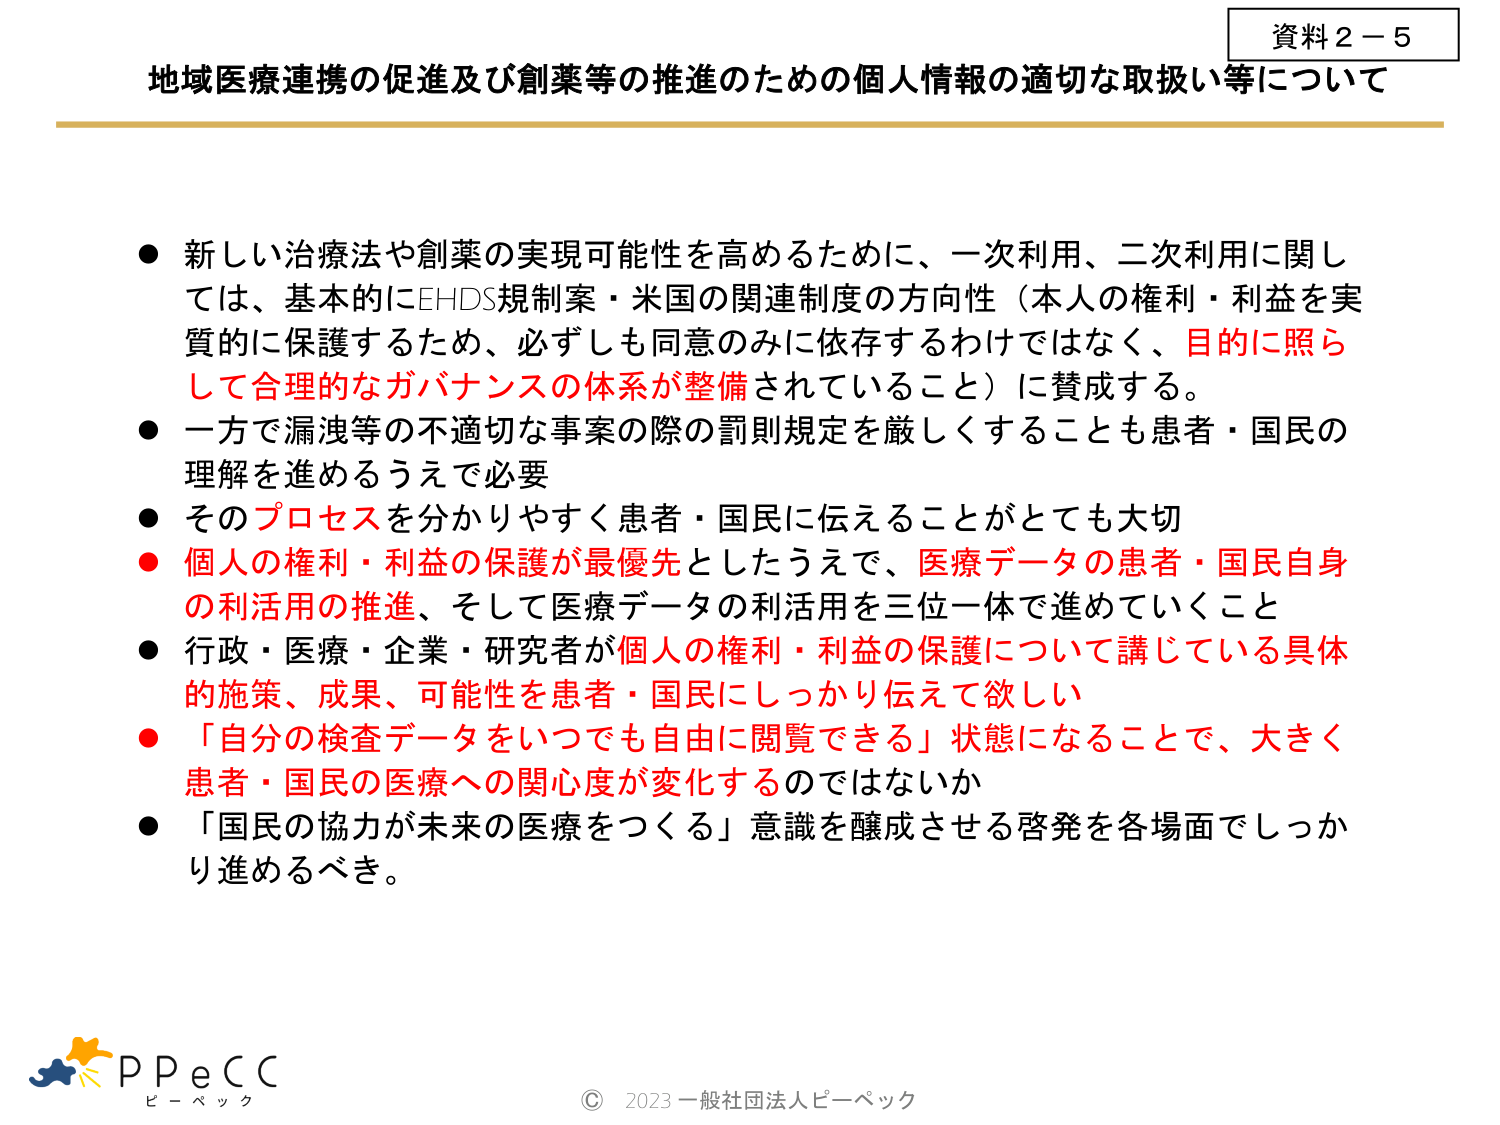
資料２－５
地域医療連携の促進及び創薬等の推進のための個人情報の適切な取扱い等について

● 新しい治療法や創薬の実現可能性を高めるために、一次利用、二次利用に関しては、基本的にEHDS規制案・米国の関連制度の方向性（本人の権利・利益を実質的に保護するため、必ずしも同意のみに依存するわけではなく、目的に照らして合理的なガバナンスの体系が整備されていること）に賛成する。
● 一方で漏洩等の不適切な事案の際の罰則規定を厳しくすることも患者・国民の理解を進めるうえで必要
● そのプロセスを分かりやすく患者・国民に伝えることがとても大切
● 個人の権利・利益の保護が最優先としたうえで、医療データの患者・国民自身の利活用の推進、そして医療データの利活用を三位一体で進めていくこと
● 行政・医療・企業・研究者が個人の権利・利益の保護について講じている具体的施策、成果、可能性を患者・国民にしっかり伝えて欲しい
● 「自分の検査データをいつでも自由に閲覧できる」状態になることで、大きく患者・国民の医療への関心度が変化するのではないか
● 「国民の協力が未来の医療をつくる」意識を醸成させる啓発を各場面でしっかり進めるべき。

P P e C C
ピーペック
© 2023 一般社団法人ピーペック